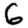
Digit: 6